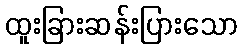
ထူးခြားဆန်းပြားသော